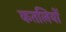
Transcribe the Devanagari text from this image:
कतलियों